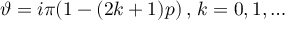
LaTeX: \vartheta = i \pi ( 1 - ( 2 k + 1 ) p ) \, , \, k = 0 , 1 , \ldots